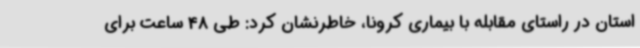
استان در راستای مقابله با بیماری کرونا، خاطرنشان کرد: طی 48 ساعت برای